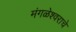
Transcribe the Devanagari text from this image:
मंगळेश्वराचे